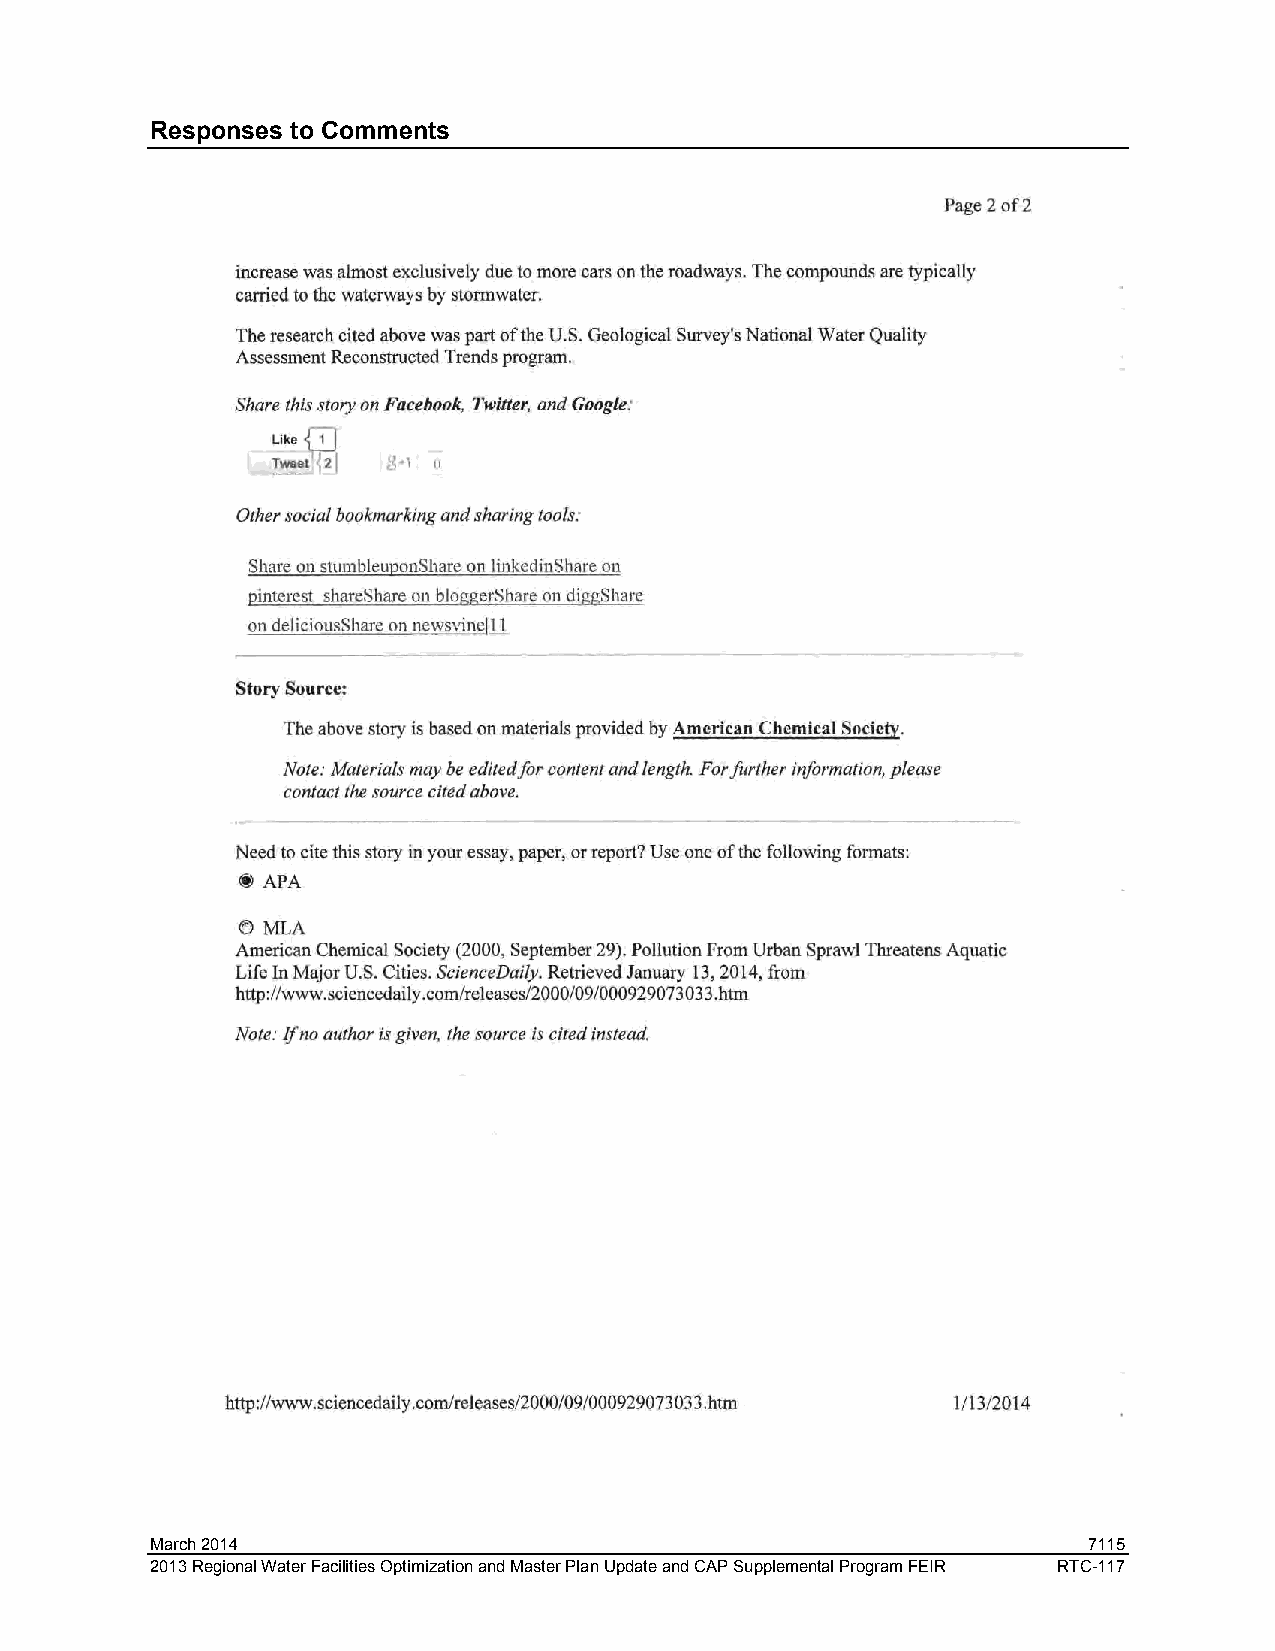
Responses to Comments
 March 2014                                                    7115
 2013 Regional Water Facilities Optimization and Master Plan Update and CAP Supplemental Program FEIR RTC-117